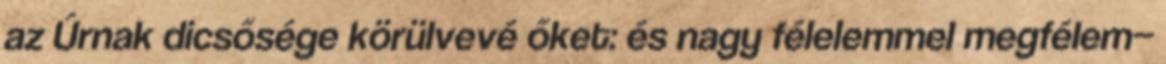
az Úrnak dicsősége körülvevé őket: és nagy félelemmel megfélem−